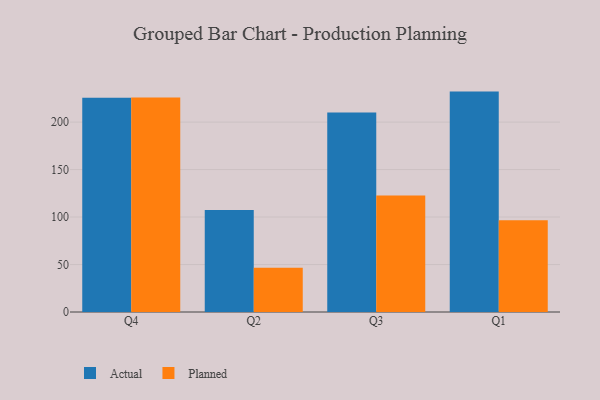
{"axis": {"x": "Quarter", "y": "Production Output"}, "legend": ["Actual", "Planned"], "data": [{"x": "Q4", "y": 225.6, "type": "Actual"}, {"x": "Q4", "y": 225.8, "type": "Planned"}, {"x": "Q2", "y": 107.3, "type": "Actual"}, {"x": "Q2", "y": 46.5, "type": "Planned"}, {"x": "Q3", "y": 210.2, "type": "Actual"}, {"x": "Q3", "y": 122.8, "type": "Planned"}, {"x": "Q1", "y": 232.1, "type": "Actual"}, {"x": "Q1", "y": 96.7, "type": "Planned"}]}